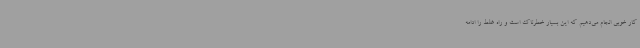
کار خوبی انجام می‌دهیم که این بسیار خطرناک است و راه غلط را ادامه